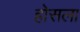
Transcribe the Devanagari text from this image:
होसला